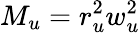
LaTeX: M_{u}=r_{u}^{2}w_{u}^{2}